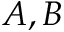
A , B